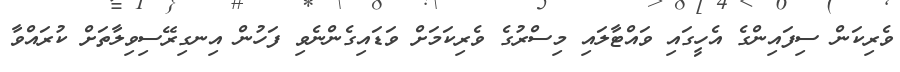
ވެރިކަން ސިފައިންގެ އެހީގައި ވައްޓާލައި މިސްރުގެ ވެރިކަމަށް ވަޑައިގެންނެވި ފަހުން އިނގިރޭސިވިލާތަށް ކުރައްވާ